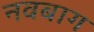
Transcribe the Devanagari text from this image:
नवबाग